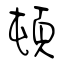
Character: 頓